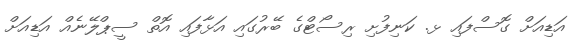
އަޑިއަށް ގޮސްފައި ޅ. ކަނިފުށި ރިސޯޓްގެ ބޭރުގައި އަޅާފައި އޮތް ސީޕްލޭނެއް އަޑިއަށް